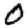
Digit: 0